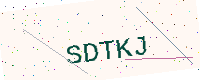
Text: SDTKJ